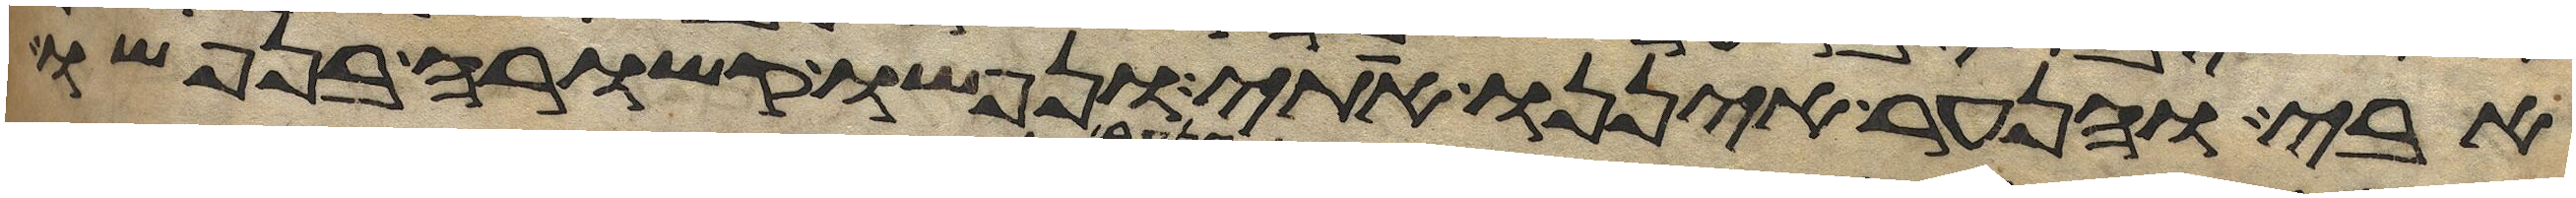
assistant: אבי והנער איננו אתי ונפשו קשורה בנפשו